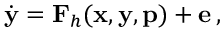
\begin{array} { r } { \dot { \mathbf { y } } = \mathbf { F } _ { h } ( \mathbf { x } , \mathbf { y } , \mathbf { p } ) + \mathbf { e } \, , } \end{array}